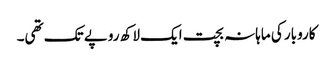
کاروبار کی ماہانہ بچت ایک لاکھ روپے تک تھی۔